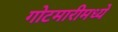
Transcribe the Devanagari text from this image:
गोटमारीमध्ये